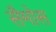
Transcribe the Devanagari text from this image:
सैमोस